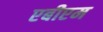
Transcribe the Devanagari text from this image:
एबीएम